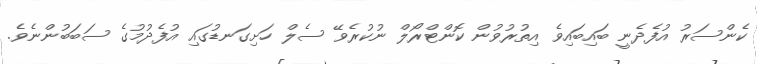
ކެންސަރު އުފެދެނީ ބައިބައިވެ އިތުރުވުން ކޮންޓްރޯލް ނުކުރެވޭ ސެލް ހަށިގަނޑުގައި އުފެދުމުގެ ސަބަބުންނެވެ.